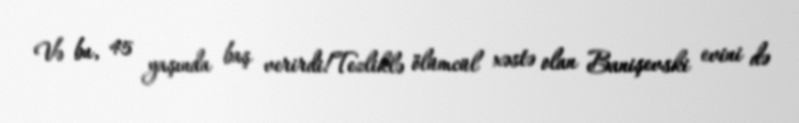
Və bu, 45 yaşında baş verirdi!Tezliklə ölümcül xəstə olan Banişevski evini də